Some observations on the poison of Russell's viper (Daboia russellii) - Number 3
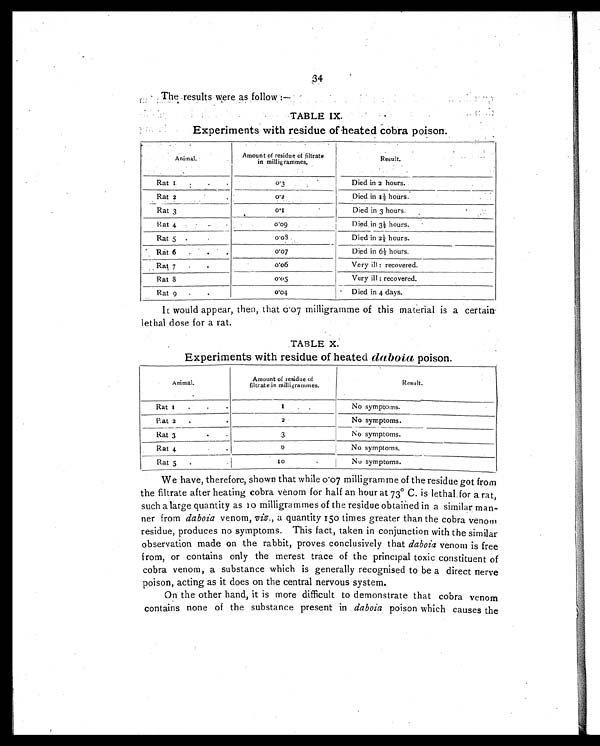
The results were as follow :—
TABLE IX.
Experiments with residue of heated cobra poison.
Animal.
Amount of residue of filtrate
in millig rammes.
Result.
Rat 1
.
.
0 . 3
Died in 2 hours.
Rat 2 .
.
0.2
Died in 1½ hours.
Rat 3
0 . 1
Died in 3 hours.
Rat 4
. . .
0.09
D i e d i n 3 ½ h o u r s .
Rat 5 ..
0 . 0 8
Died in 2½ hours.
Rat 6 .
.
.
0 . 0 7
Died in 6½ hours.
Rat 7 .
.
0 . 0 6
Very ill : recovered.
Rat 8 .
.
0 . 0 5
Very ill : recovered.
Rat 9 . .
0.04
Died in 4 days.
It would appear, then, that 0.07 milligramme of this material is a certain
lethal dose for a rat.
TABLE X.
Experiments with residue of heated daboia poison.
A n i m a l .
Amount of residue of
filtrate in milligrammes.
Result.
Rat 1 .
.
1
No symptoms.
Ra t 2 .
2
No symptoms.
Rat 3
.
.
3
No symptoms.
Rat 4
.
.
0
N o s y m p t o m s .
Rat 5 .
.
10
No symptoms.
We have, therefore, shown that while 0.07 milligramme of the residue got from
the filtrate after heating cobra venom for half an hour at 73° C. is lethal for a rat,
such a large quantity as 10 milligrammes of the residue obtained in a similar man-
ner from daboia venom, viz., a quantity 150 times greater than the cobra venom
residue, produces no symptoms. This fact, taken in conjunction with the similar
observation made on the rabbit, proves conclusively that daboia venom is free
from, or contains only the merest trace of the principal toxic constituent of
cobra venom, a substance which is generally recognised to be a direct nerve
poison, acting as it does on the central nervous system.
On the other hand, it is more difficult to demonstrate that cobra venom
contains none of the substance present in daboia poison which causes the